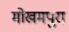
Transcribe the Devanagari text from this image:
मोखमपुरा